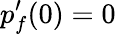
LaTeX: p_{f}^{\prime}(0)=0